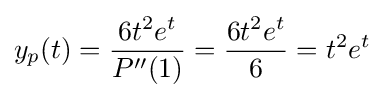
y_{p}(t)={\frac {6t^{2}e^{t}}{P''(1)}}={\frac {6t^{2}e^{t}}{6}}=t^{2}e^{t}